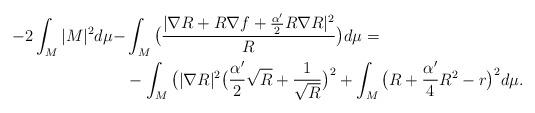
LaTeX: \begin{align*}-2\int_M|M|^2d\mu-&\int_M\big(\frac{|\nabla R+R\nabla f+\frac{\alpha'}{2}R\nabla R|^2}{R}\big)d\mu=\\&-\int_M\big(|\nabla R|^2\big(\frac{\alpha'}{2}\sqrt{R}+\frac{1}{\sqrt{R}}\big)^2+\int_M\big(R+\frac{\alpha'}{4}R^2-r\big)^2d\mu.\end{align*}